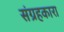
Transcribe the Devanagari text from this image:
संग्रहकारा